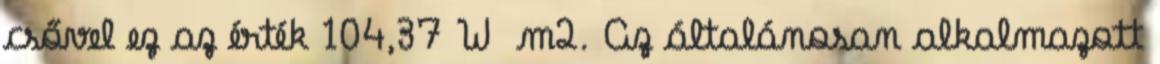
csővel ez az érték 104,37 W m2. Az általánosan alkalmazott